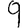
Digit: 9